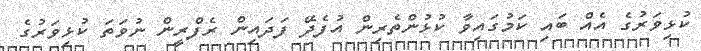
ކުޅިވަރުގެ އެއް ބައި ކަމުގައިވާ ކުޅުންތެރިން އުފެދޭ ފަދައިން ރެފްރީން ނުވަތަ ކުޅިވަރުގެ